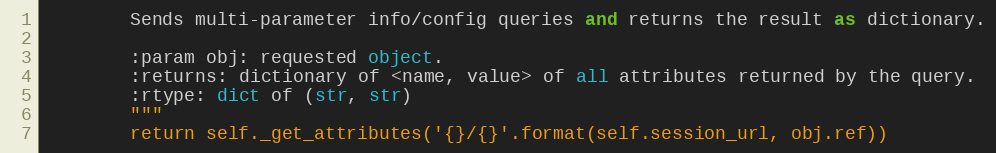
Language: Python
        Sends multi-parameter info/config queries and returns the result as dictionary.

        :param obj: requested object.
        :returns: dictionary of <name, value> of all attributes returned by the query.
        :rtype: dict of (str, str)
        """
        return self._get_attributes('{}/{}'.format(self.session_url, obj.ref))